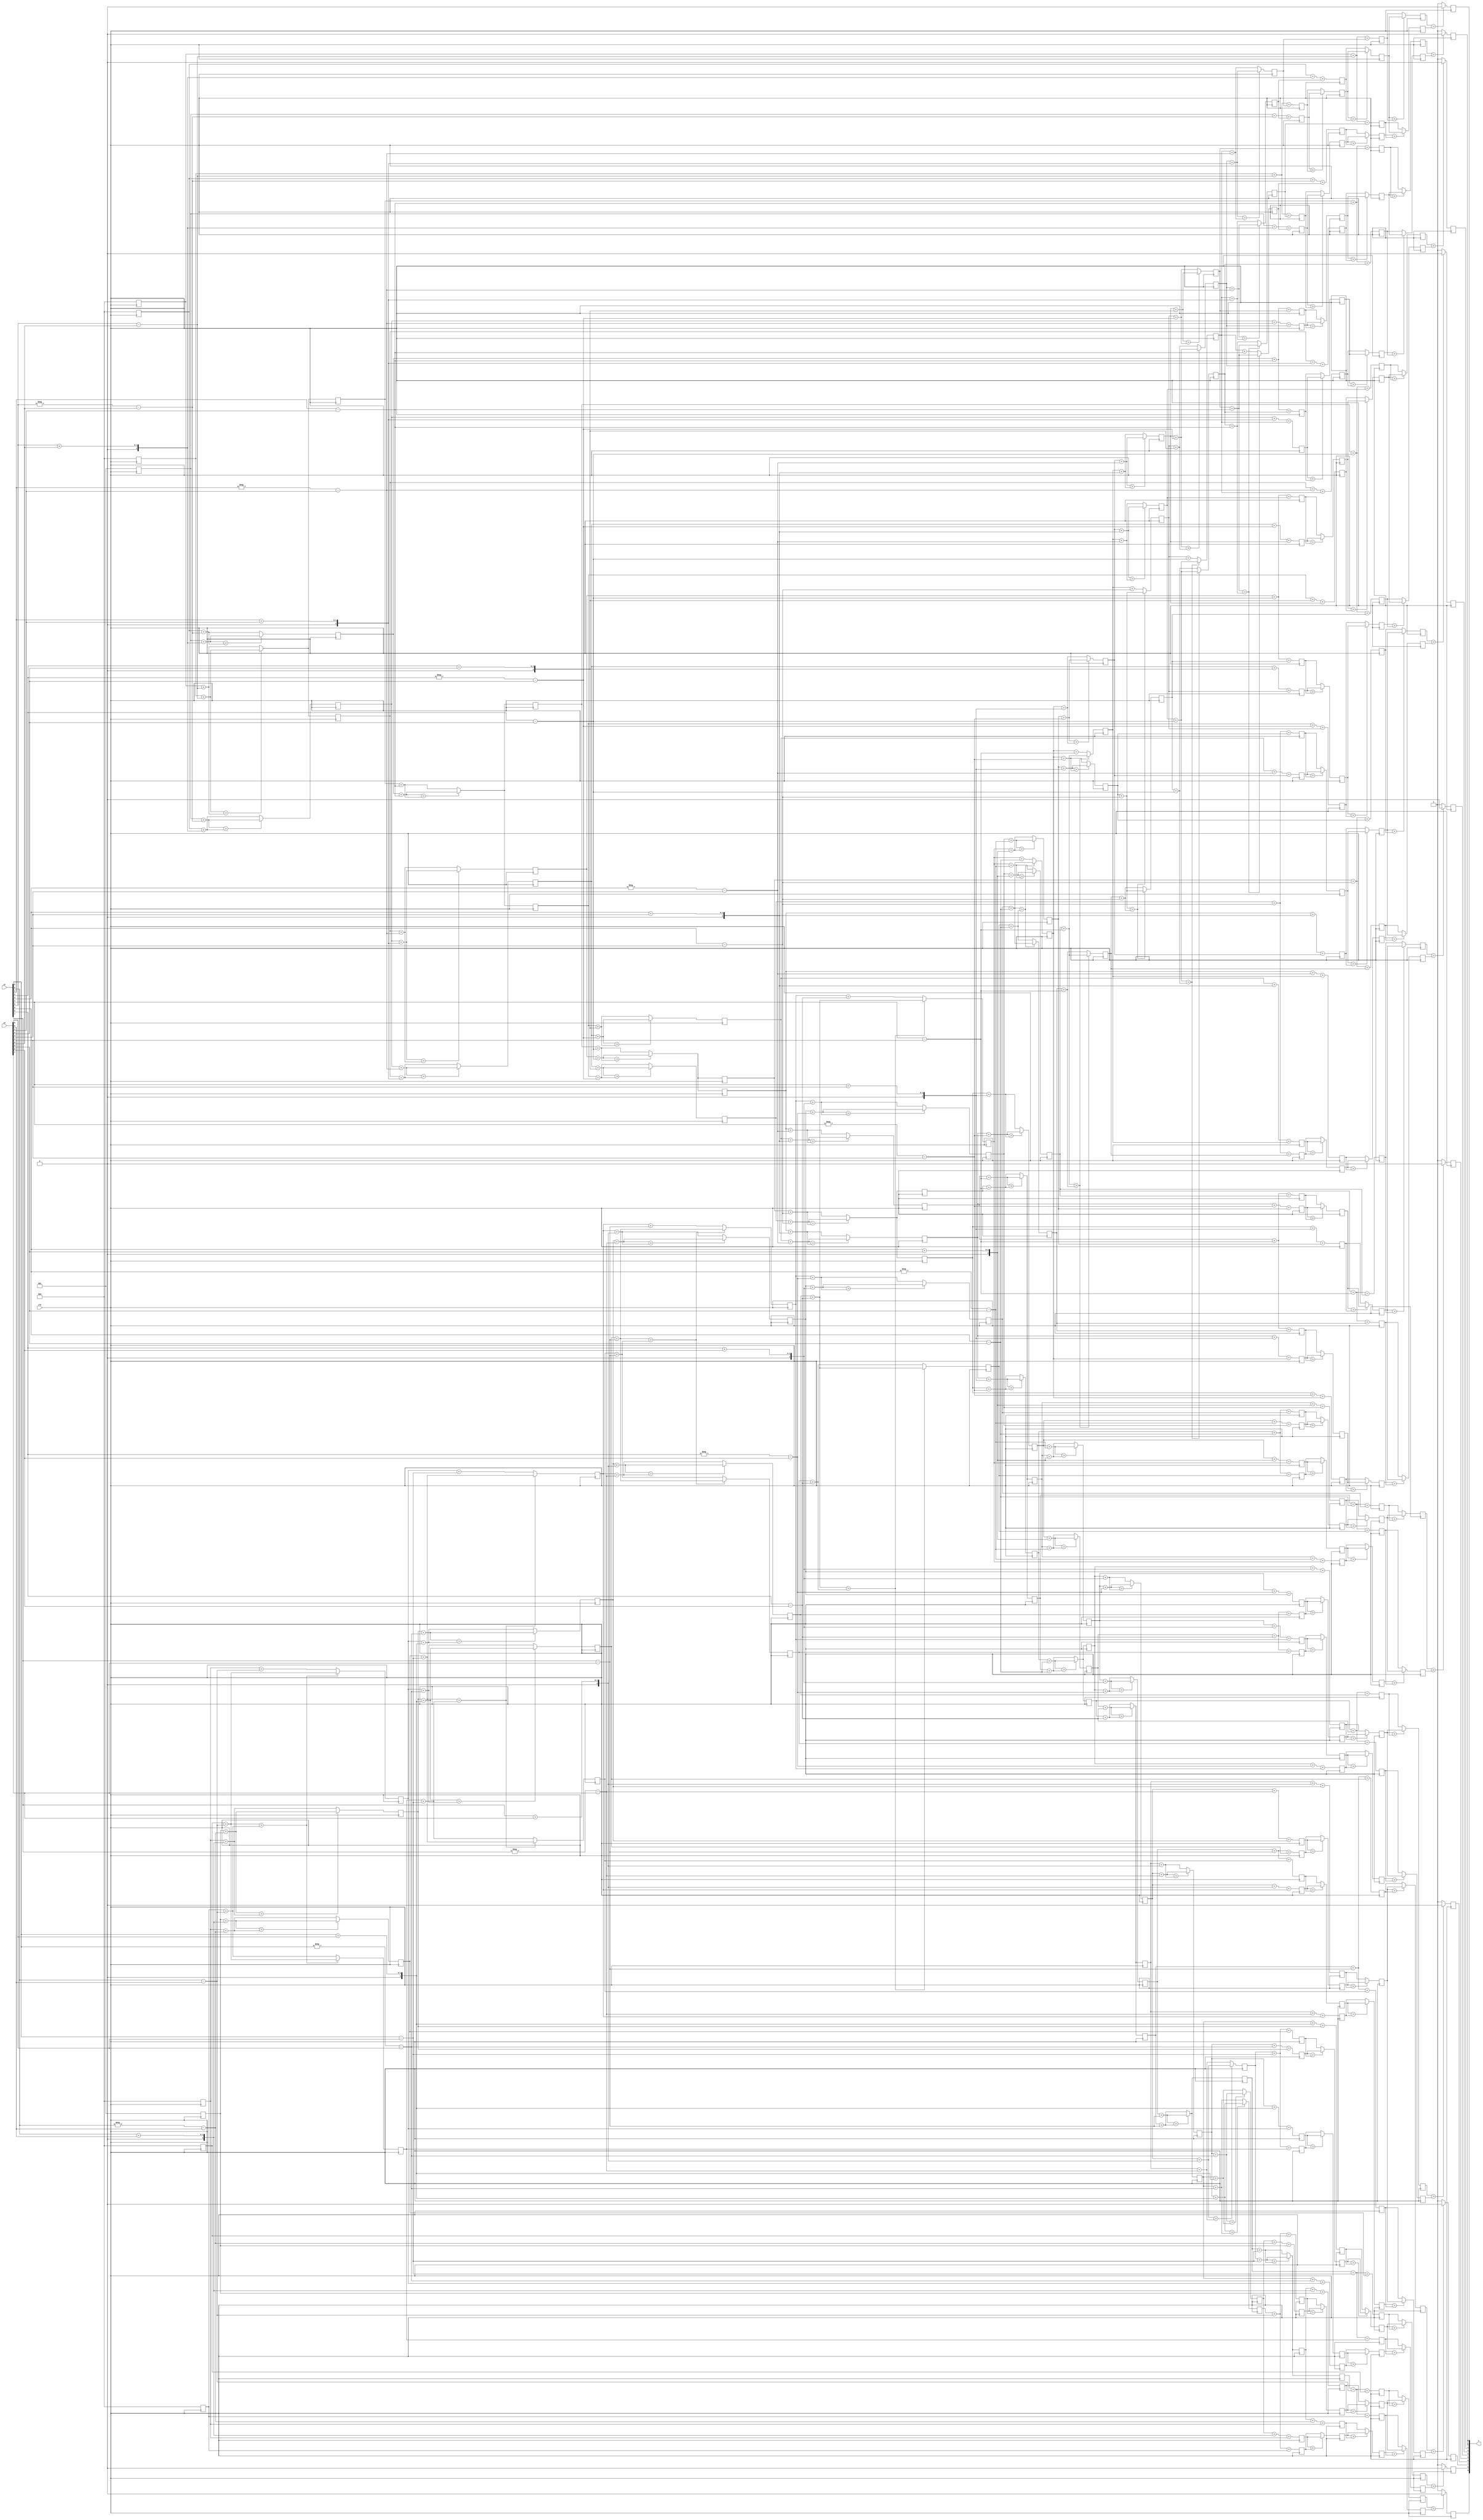
module MAPint(y1,y2,v,clk);
input [9:0]y1,y2;
input clk;
output reg [9:0]v;
reg signed [2:0]a1[9:0],a2[9:0],a3[9:0],a4[9:0],b1[9:0],b2[9:0],b3[9:0],b4[9:0];
reg signed [2:0]c11[9:0],c12[9:0],c23[9:0],c24[9:0],c31[9:0],c32[9:0],c43[9:0],c44[9:0];
reg signed [3:0]w11[9:0],w12[9:0],w23[9:0],w24[9:0],w31[9:0],w32[9:0],w43[9:0],w44[9:0];
reg signed [3:0]s1[9:0],s2[9:0],s3[9:0],s4[9:0],l0[9:0],l1[9:0];
genvar i;
 
generate  
for(i=0;i<10;i=i+1)
 begin : gen0
       always@(y1,y2)
          begin
        c11[i] <=  -y1[i] - y2[i];
        c12[i] <=   y1[i] + y2[i];
        c23[i] <=   y1[i] - y2[i];
        c24[i] <=   y1[i] - y2[i];
        c31[i] <=   y1[i] + y2[i];
        c32[i] <=  -y1[i] - y2[i];
        c43[i] <=   y1[i] - y2[i];
        c44[i] <=   y1[i] - y2[i];         
        end 
end
endgenerate

always@(posedge(clk))
begin
b1[9] <= 3'b001;
b2[9] <= 3'b000;
b3[9] <= 3'b000;
b4[9] <= 3'b000;
end
//genvar j;
generate
for(i=8;i>=0;i=i-1)
begin : gen1
 always@(posedge(clk))
 begin
			b1[i] = (b1[i+1]+c11[i+1])>(b2[i+1]+c12[i+1])?(b1[i+1]+c11[i+1]):(b2[i+1]+c12[i+1]);	
			b2[i] = (b3[i+1]+c23[i+1])>(b4[i+1]+c24[i+1])?(b3[i+1]+c23[i+1]):(b2[i+1]+c24[i+1]);	
			b3[i] = (b1[i+1]+c31[i+1])>(b2[i+1]+c32[i+1])?(b1[i+1]+c31[i+1]):(b2[i+1]+c32[i+1]); 	
			b4[i] = (b3[i+1]+c43[i+1])>(b4[i+1]+c44[i+1])?(b3[i+1]+c43[i+1]):(b4[i+1]+c44[i+1]);
  end
end
endgenerate


always@(posedge(clk))
begin
a1[0] <= 3'b001;
a2[0] <= 3'b000;
a3[0] <= 3'b000;
a4[0] <= 3'b000;
end
//genvar i;
generate
//begin : gen2  
for(i=1;i<10;i=i+1)
begin : gen2
  always@(posedge(clk))
  begin
				a1[i] <= (a1[i-1]+c11[i-1])>(a3[i-1]+c31[i-1])?(a1[i-1]+c11[i-1]):(a3[i-1]+c31[i-1]); 	
				a2[i] <= (a1[i-1]+c12[i-1])>(a3[i-1]+c32[i-1])?(a1[i-1]+c12[i-1]):(a3[i-1]+c32[i-1]); 	
				a3[i] <= (a2[i-1]+c23[i-1])>(a4[i-1]+c43[i-1])?(a2[i-1]+c23[i-1]):(a4[i-1]+c43[i-1]); 	
				a4[i] <= (a2[i-1]+c24[i-1])>(a4[i-1]+c44[i-1])?(a2[i-1]+c24[i-1]):(a4[i-1]+c44[i-1]);	 
     end
end     
endgenerate     
  

//genvar i;
generate
 // begin : gen3
for(i=0;i<10;i=i+1)
begin : gen3
  always@(posedge(clk))
    begin 
    w11[i] <= a1[i] + c11[i] + b1[i];
    w12[i] <= a1[i] + c12[i] + b2[i];
    w23[i] <= a2[i] + c23[i] + b3[i];
    w24[i] <= a2[i] + c24[i] + b4[i];
    w31[i] <= a3[i] + c31[i] + b1[i];
    w32[i] <= a3[i] + c32[i] + b2[i];
    w43[i] <= a4[i] + c43[i] + b3[i];
    w44[i] <= a4[i] + c44[i] + b4[i];
  end
end
endgenerate 

//genvar i;
generate
  //begin gen4
for(i=0;i<10;i=i+1)
begin : gen4
  
always@(posedge(clk))
	begin
    s1[i] <= w11[i]>w23[i]?w11[i]:w23[i];
    s2[i] <= s1[i]>w31[i]?s1[i]:w31[i];
    l0[i] <= s2[i]>w43[i]?s2[i]:w43[i];

    s3[i] <= w12[i]>w24[i]?w12[i]:w24[i];
    s4[i] <= s3[i]>w32[i]?s3[i]:w32[i];
    l1[i] <= s4[i]>w44[i]?s2[i]:w44[i];

    v[i]  <= l0[i]>l1[i]?0:1;
  end
  end
endgenerate
endmodule